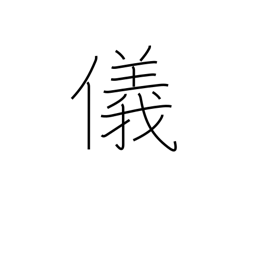
Meaning: affair